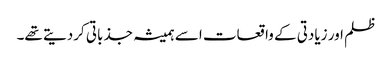
ظلم اور زیادتی کے واقعات اسے ہمیشہ جذباتی کردیتے تھے۔